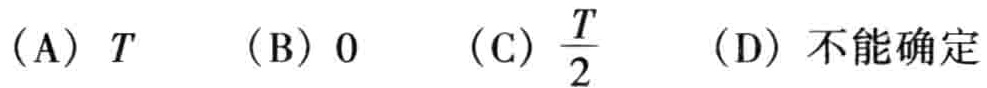
(A) \(T\)  (B) \(0\)  (C) \(\frac{T}{2}\)  (D) 不能确定